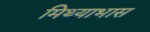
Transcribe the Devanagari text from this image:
मिथ्याभास